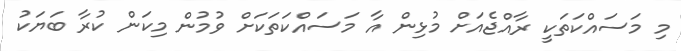
މި މަސައްކަތަކީ ރާއްޖެއަށް މުޅިން އާ މަސައްކަތަކަށް ވުމުން މިކަން ކުރާ ބަޔަކު